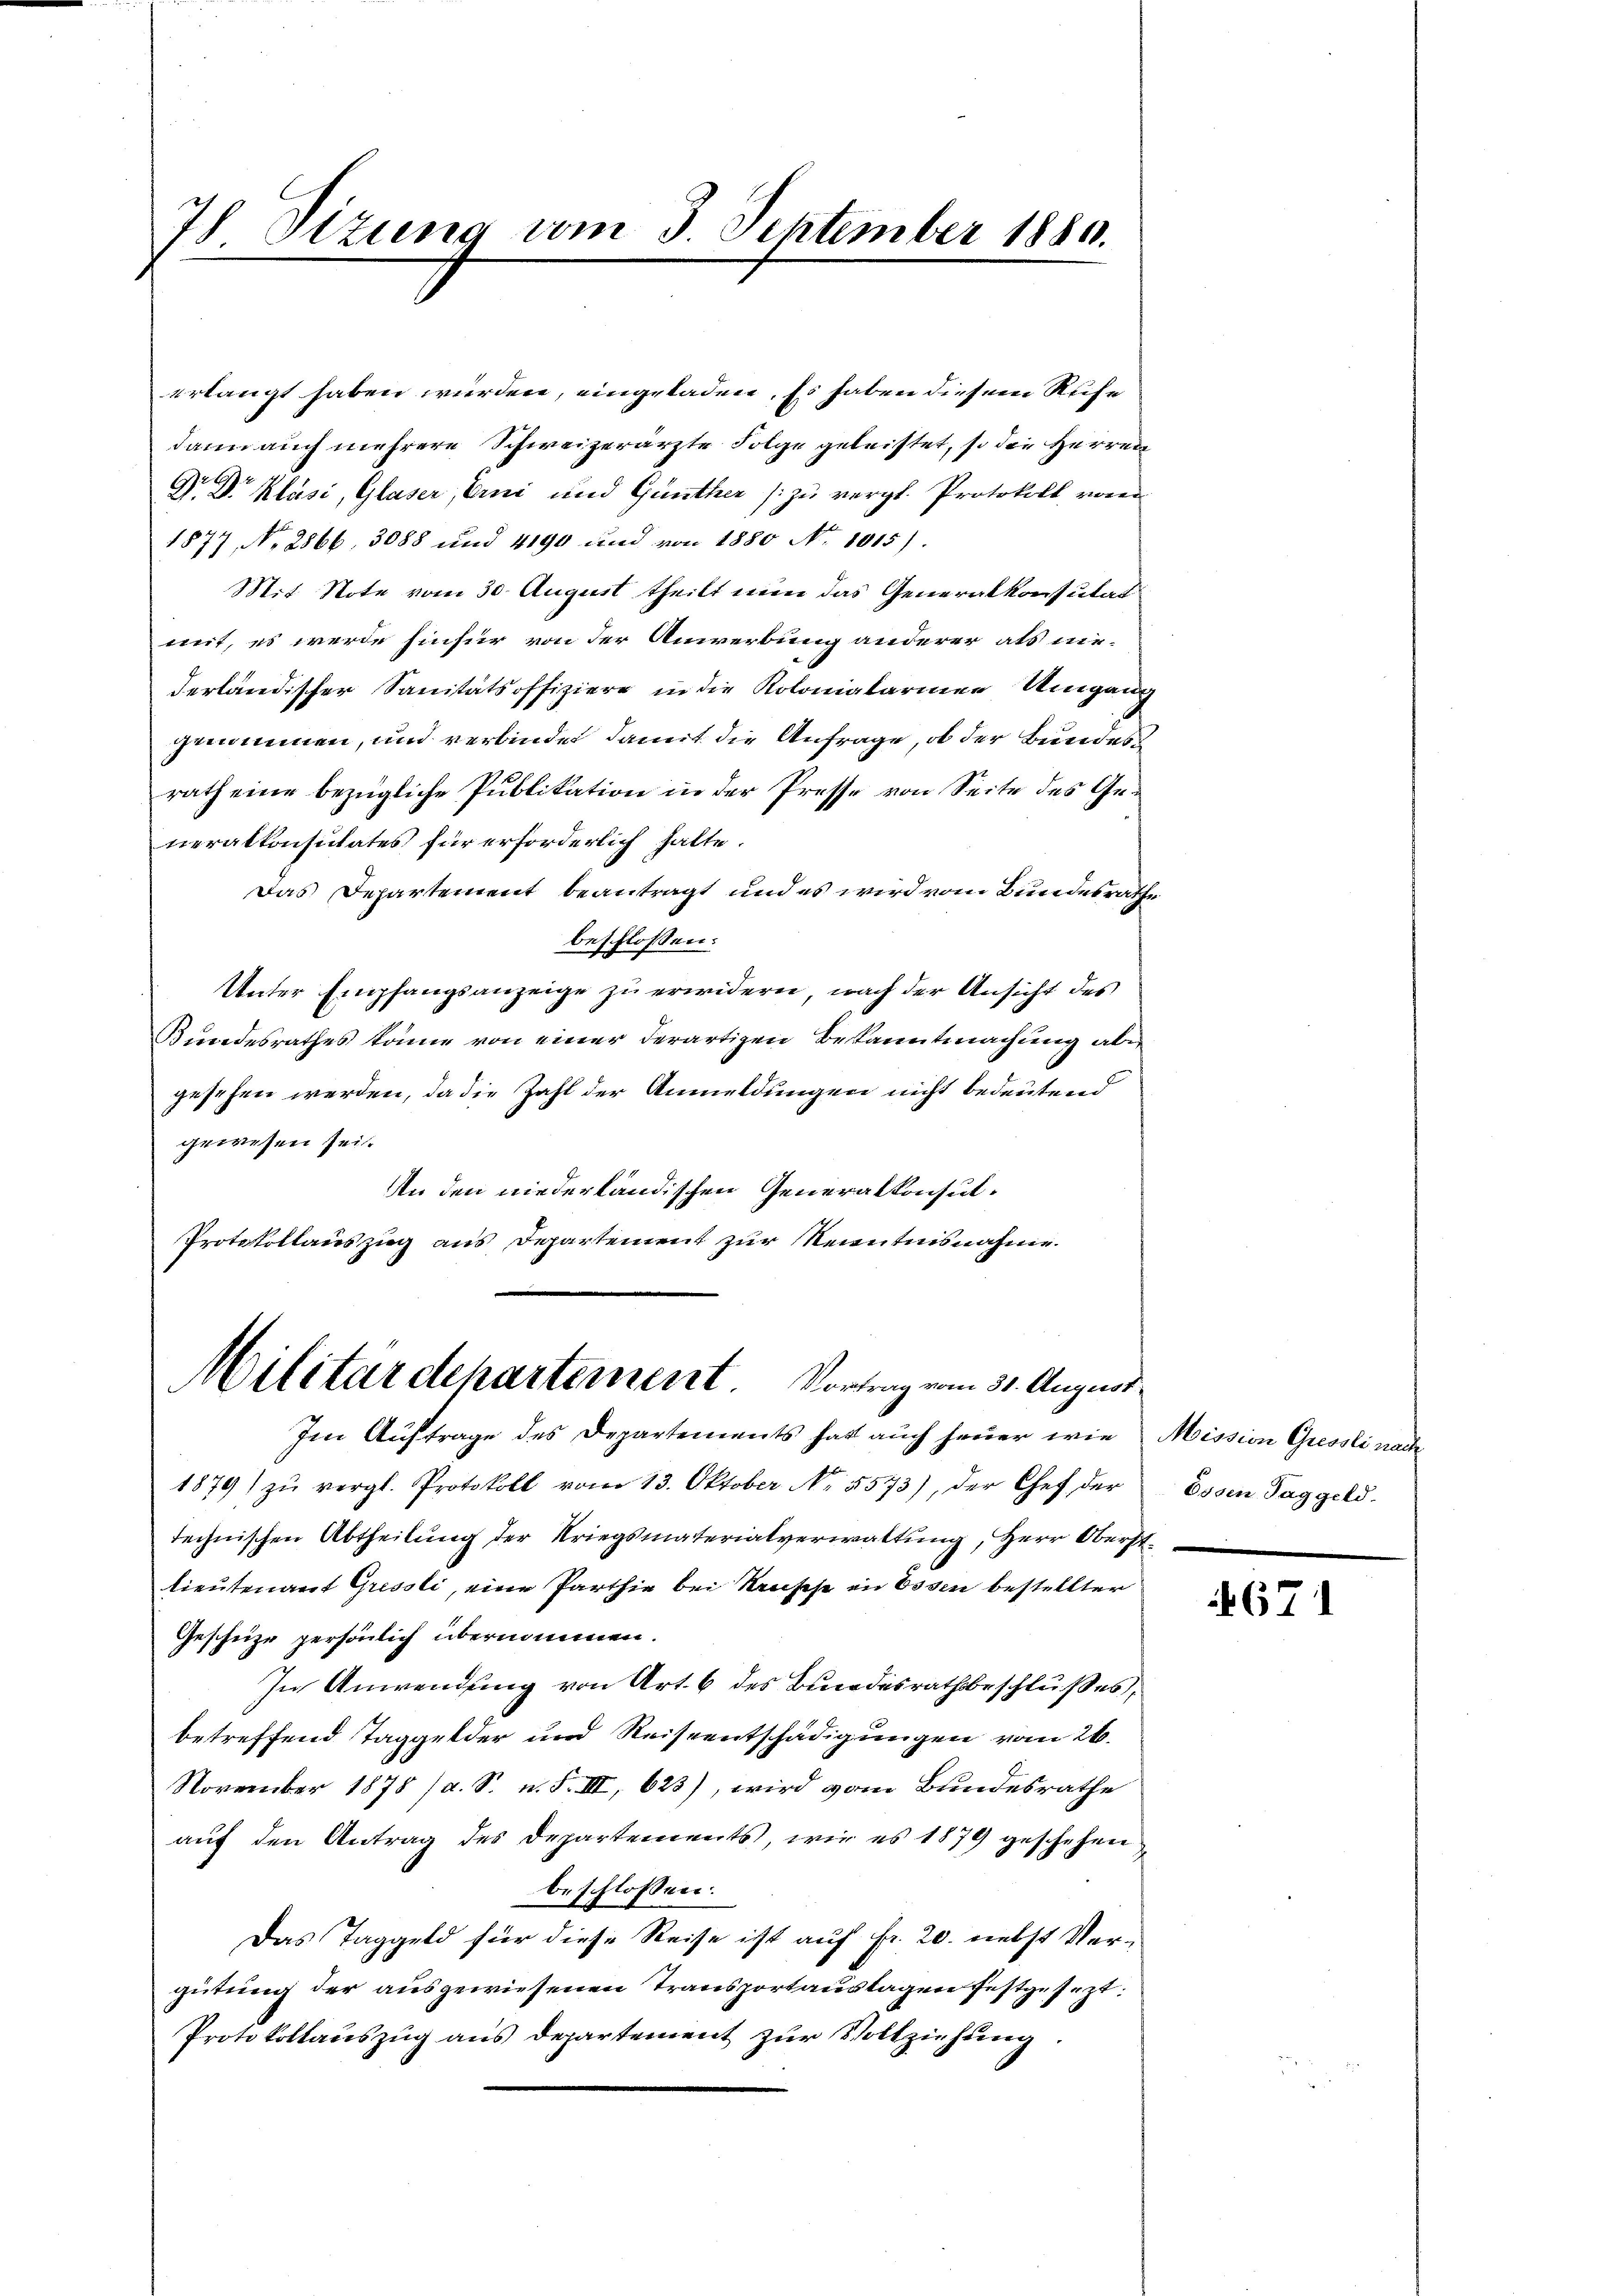
7 Sizung vom 3 September 1880.

erlangt haben würden, eingeladen. Es haben diesem Rufe
dann auch mehrere Schweizerarzte Folge geleistet, so die Herren
Dr Dr. Kläsi, Glaser, Erni und Günther zu vergl. Protokoll von
1877, No. 2866, 3088 und 4190 und von 1880 No 1015).
Mit Note vom 30. August theilt nun das Generalkonsutat
mit, es werde hinfür von der Anwerbung anderer als nie-
derländischer Sanitätsoffiziere in die Kolonialarinen Umgang
genommen, und verbindet damit die Anfrage, ob der Bundesrath eine bezügliche Publikation in der Presse von Seite des Generalkonsulates für erforderlich hatte
Das Departement beantragt und es wird vom Bundesrathe
beschlossen:
Unter Empfangsanzeige zu erwidern nach der Ansicht des
Bundesrathes könne von einer derartigen Bekanntmachung aber
gesehen werden, da die Zahl der Anmeldungen nicht bedeutend
gewesen sei.
An den niederländischen Generalkonsul¬
Protokollauszug aus Departement zur Kenntnisnahme

Militärdepartement Vortrag vom 31. August.

Im Auftrage des Departements hat auch heuer wie
1879 zŭ vergl. Protokoll vom 13. Oktober No. 5573), der Chef der
technischen Abtheilung der Kriegsmaterialverwaltung, Herr Oberstlieutenant Gressli, eine Parthie bei Krusehe in Essen bestellter
Gescheite persönlich übernommen.
In Anwendung von Art. 6 des Bundesrathsbeschlußes,
betreffend Taggelder und Reiseentschädigungen vom 26.
November 1878 /d. S. n. F. III, 623), wird vom Bundesrathe
auf den Antrag des Departements, wir es 1879 geschehen,
beschlossen:
Das Taggeld für diese Reise ist auf fr. 20. nebst Vergütung der ausgewiesenen Transportauslagen festgesezt:
Protokollauszug aus departement zŭr Vollziehung.

Mission Gressli nach
Essen Taggeld.

671